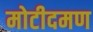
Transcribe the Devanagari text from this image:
मोटीदमण